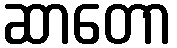
ဆာတော